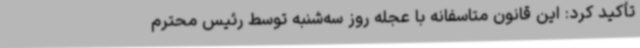
تأکید کرد: این قانون متاسفانه با عجله روز سه‌شنبه توسط رئیس محترم